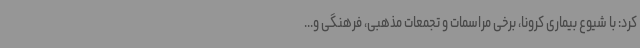
کرد: با شیوع بیماری کرونا، برخی مراسمات و تجمعات مذهبی، فرهنگی و...